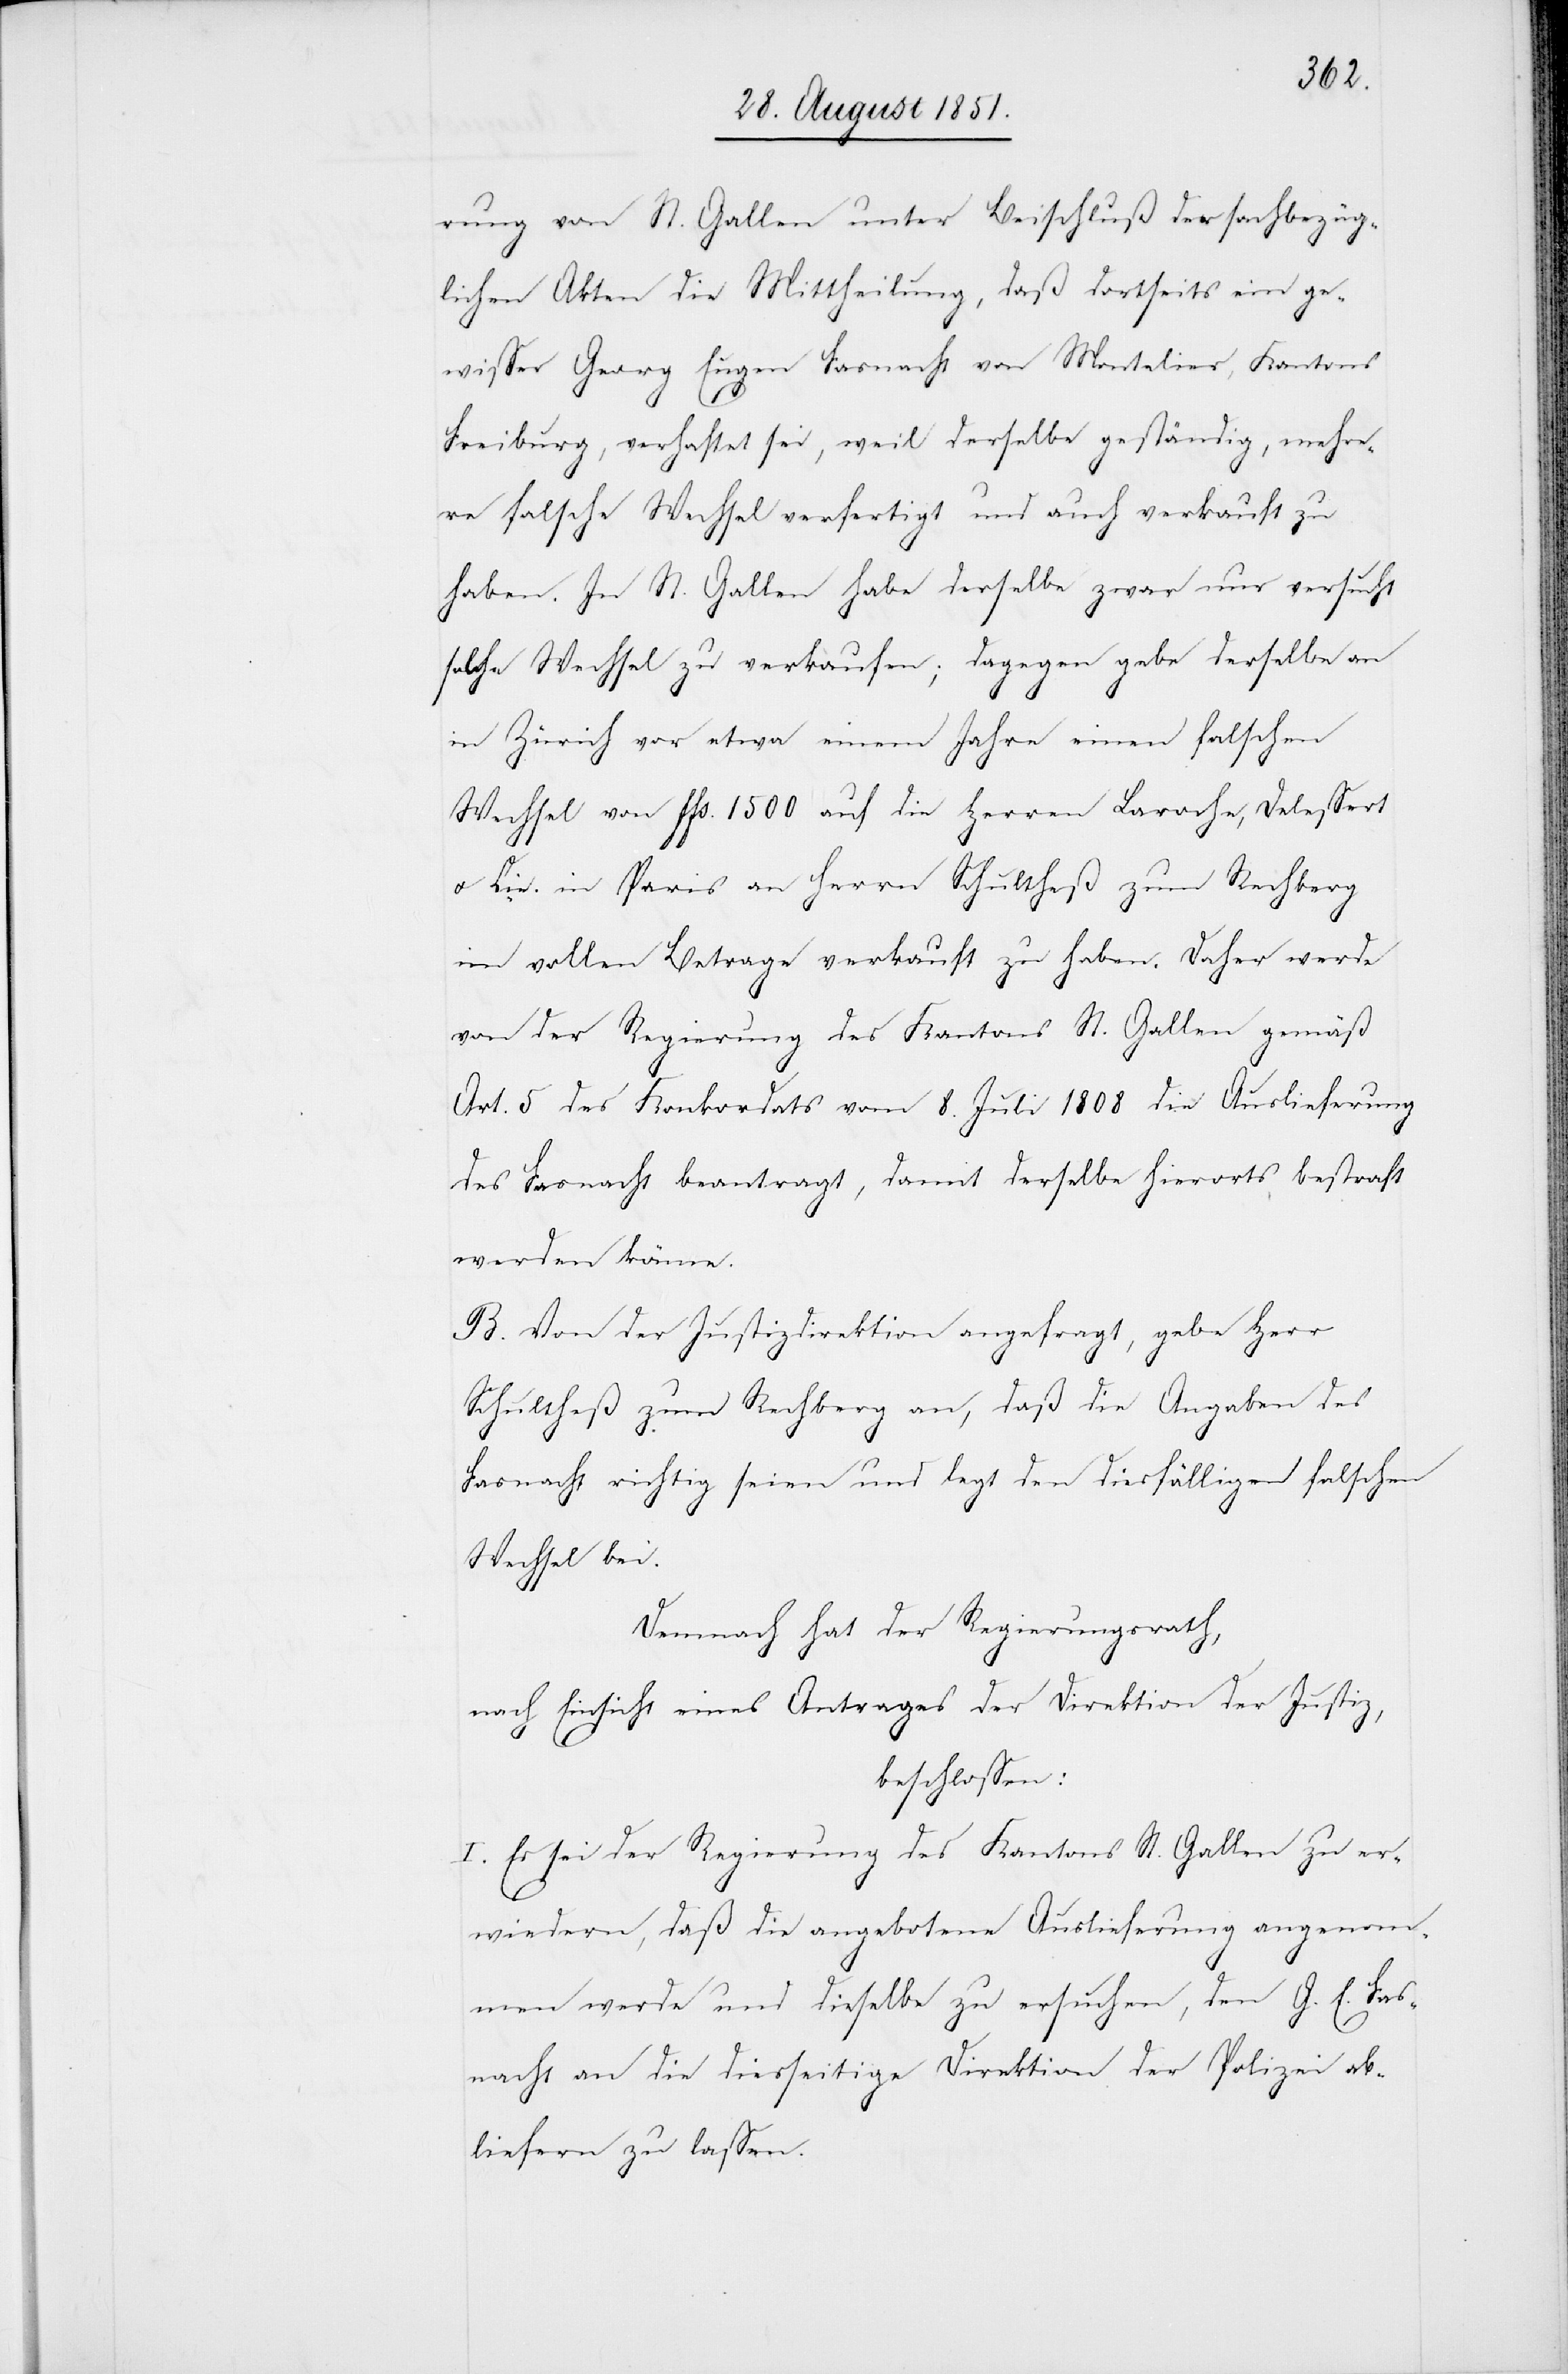
rung von St. Gallen unter Beischluß der sachbezüg¬
lichen Akten die Mittheilung, daß dortseits ein ge¬
wisser Georg Eugen Fasnacht von Montelier, Kantons
Freiburg, verhaftet sei, weil derselbe geständig, mehre¬
re falsche Wechsel verfertigt und auch verkauft zu
haben. In St. Gallen habe derselbe zwar nur versucht
solche Wechsel zu verkaufen; dagegen gebe derselbe an
in Zürich vor etwa einem Jahre einen falschen
Wechsel von ffs. 1500 auf die Herren Laroche, Delessert
u. Cie. in Paris an Herrn Schultheß zum Rechberg
im vollen Betrage verkauft zu haben. Daher werde
von der Regierung des Kantons St. Gallen gemäß
Art. 5 des Konkordats vom 8. Juli 1808 die Auslieferung
des Fasnacht beantragt, damit derselbe hierorts bestraft
werden könne.
B. Von der Justizdirektion angefragt, gebe Herr
Schultheß zum Rechberg an, daß die Angaben des
Fasnacht richtig seien und legt den diesfälligen falschen
Wechsel bei.
Demnach hat der Regierungsrath,
nach Einsicht eines Antrages der Direktion der Justiz,
beschlossen:
I. Es sei der Regierung des Kantons St. Gallen zu er¬
wiedern, daß die angebotene Auslieferung angenom¬
men werde und dieselbe zu ersuchen, den G. E. Fas¬
nacht an die diesseitige Direktion der Polizei ab¬
liefern zu lassen.